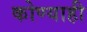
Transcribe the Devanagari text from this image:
कोण्याही